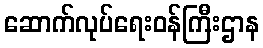
ဆောက်လုပ်ရေးဝန်ကြီးဌာန